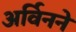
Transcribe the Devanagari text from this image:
अर्विनने